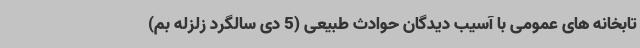
تابخانه های عمومی با آسیب دیدگان حوادث طبیعی (5 دی سالگرد زلزله بم)